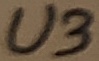
Text: U3